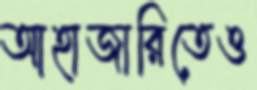
আহাজারিতেও